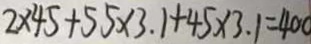
2 \times 4 5 + 5 5 \times 3 . 1 + 4 5 \times 3 . 1 = 4 0 0